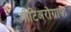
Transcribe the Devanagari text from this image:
मीटिअरोग्राफ़